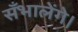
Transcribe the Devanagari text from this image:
सँभालेंगे।